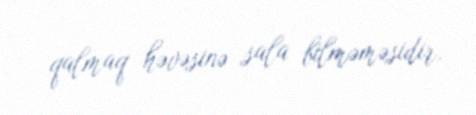
qalmaq həvəsinə sala bilməməsidir.